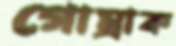
গোম্‌রাক